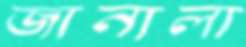
জানালা